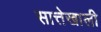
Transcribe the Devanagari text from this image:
सात्तेखाली